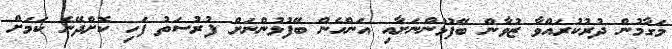
މަގާމުން ދުރުކުރައްވާ ޒުވާން ބޭފުޅުންނަށާއި އަންހެން ބޭފުޅުންނަށް ފުރުސަތު ފަހި ކޮށްދޭނެ ކަމަށް